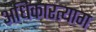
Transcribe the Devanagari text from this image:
अधिकारत्याग